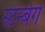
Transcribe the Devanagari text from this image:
स्टर्न्बर्ग